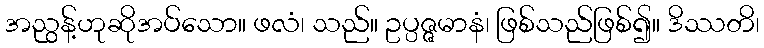
အညွန့်ဟုဆိုအပ်သော။ ဖလံ၊ သည်။ ဥပ္ပဇ္ဇမာနံ၊ ဖြစ်သည်ဖြစ်၍။ ဒိဿတိ၊